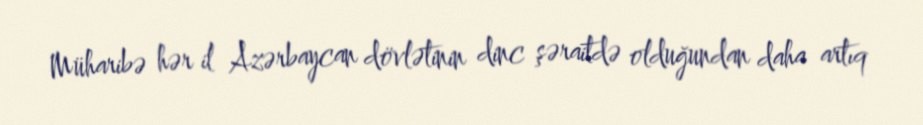
Müharibə hər il Azərbaycan dövlətinin dinc şəraitdə olduğundan daha artıq